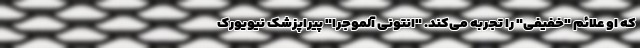
که او علائم "خفیفی" را تجربه می‌کند. "انتونی آلموجرا" پیراپزشک نیویورک